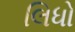
લિધો